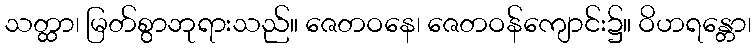
သတ္ထာ၊ မြတ်စွာဘုရားသည်။ ဇေတဝနေ၊ ဇေတဝန်ကျောင်း၌။ ဝိဟရန္တော၊